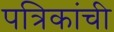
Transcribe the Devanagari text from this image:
पत्रिकांची